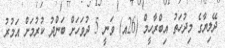
ދޭލިޔާގެ މިދުހަތު އިބްރާހީމް (26އ) ވަނީ 5 ދުވަހަށް ބަންދު ކުރުމަށް އަމުރު